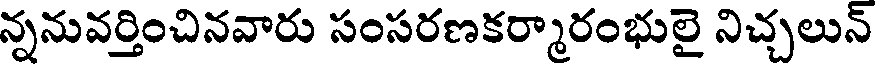
న్ననువర్తించినవారు సంసరణకర్మారంభులై నిచ్చలున్